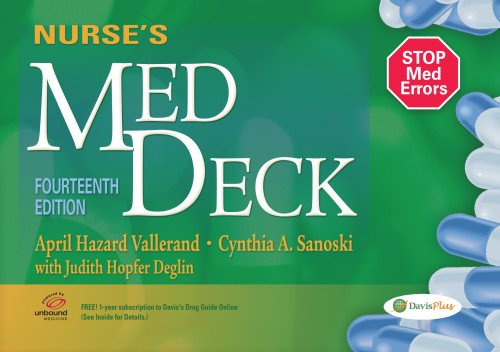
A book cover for Nurse's Med Deck; April Hazard Vallerand; Medical Books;